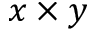
x \times y